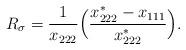
LaTeX: \begin{align*}R_{\sigma}=\dfrac{1}{x_{222}}\Big(\dfrac{x_{222}^*-x_{111}}{x_{222}^*}\Big).\end{align*}